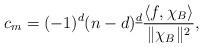
LaTeX: \begin{align*} c_m = (-1)^d (n-d)^{\underline{d}} \frac{\langle f,\chi_B \rangle}{\|\chi_B\|^2},\end{align*}